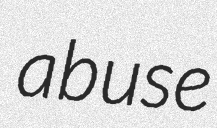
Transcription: abuse